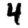
Digit: 4